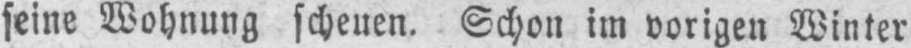
seine Wohnung scheuen. Schon im vorigen Winter